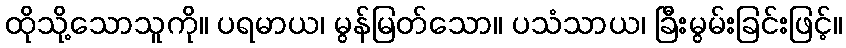
ထိုသို့သောသူကို။ ပရမာယ၊ မွန်မြတ်သော။ ပသံသာယ၊ ခြီးမွမ်းခြင်းဖြင့်။